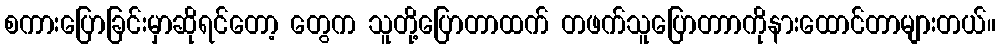
စကားပြောခြင်းမှာဆိုရင်တော့ တွေက သူတို့ပြောတာထက် တဖက်သူပြောတာာကိုနားထောင်တာများတယ်။